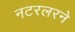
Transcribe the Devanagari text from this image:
नटरलरने